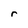
Character: r